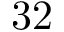
3 2